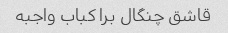
قاشق چنگال برا کباب واجبه